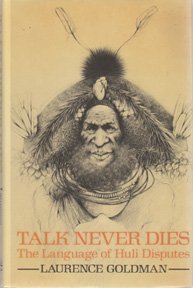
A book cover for Talk Never Dies: The Language of Huli Disputes; Laurence Goldman; History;